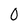
Character: 0